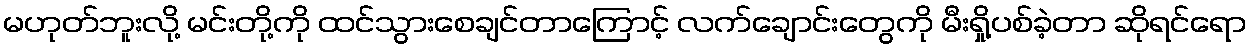
မဟုတ်ဘူးလို့ မင်းတို့ကို ထင်သွားစေချင်တာကြောင့် လက်ချောင်းတွေကို မီးရှို့ပစ်ခဲ့တာ ဆိုရင်ရော